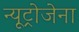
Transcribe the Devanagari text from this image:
न्यूट्रोजेना